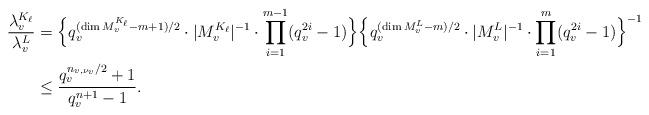
LaTeX: \begin{align*} \frac{\lambda_v^{K_{\ell}}}{\lambda_v^L}&=\Bigl\{q_v^{(\dim M_v^{K_{\ell}}-m+1)/2}\cdot|M_v^{K_{\ell}}|^{-1}\cdot\prod_{i=1}^{m-1}(q_v^{2i}-1)\Bigr\}\Bigl\{q_v^{(\dim M_v^L-m)/2}\cdot|M_v^L|^{-1}\cdot\prod_{i=1}^{m}(q_v^{2i}-1)\Bigr\}^{-1}\\ &\leq \frac{q_v^{n_{v,\nu_v}/2}+1}{q_v^{n+1}-1}.\end{align*}